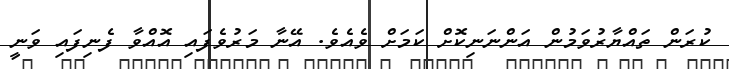
ކުރަން ތައްޔާރުވަމުން އަންނަނިކޮށް ކަމަށް ވެއެވެ. އޭނާ މަރުވެފައި އޮއްވާ ފެނިފައި ވަނީ